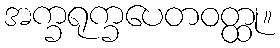
အက္ခရုက္ခပေတဝတ္ထု။